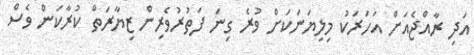
އަދި ރާއްޖެއަށް އަހަރަކު މިލިޔަނަކަށް ވުރެ ގިނަ ފަތުރުވެރިން ޒިޔާރަތް ކުރާކަން ވެސް